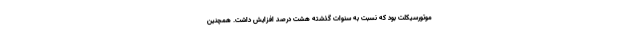
موتورسیکلت بود که نسبت به سنوات گذشته هشت درصد افزایش داشت. همچنین